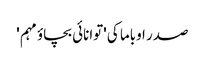
صدر اوباما کی 'توانائی بچاؤ مہم '